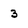
Character: 3